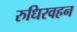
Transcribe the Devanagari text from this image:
रुधिरवहन